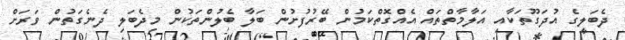
ދެބަލީގެ އުދަގޫތަކާއި އަލާމާތްތައް އެއްގޮތްކަމުން ބޭރުފުށުން ބަލާ ބެލުންތަކުން މިދެބަލި ދެނެގަތުން ވަރަށް